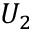
U _ { 2 }